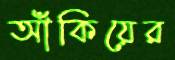
আঁকিয়ের